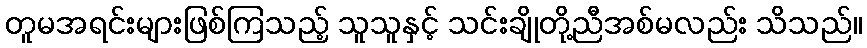
တူမအရင်းများဖြစ်ကြသည့် သူသူနှင့် သင်းချိုတို့ညီအစ်မလည်း သိသည်။